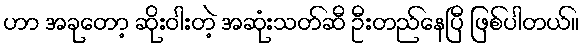
ဟာ အခုတော့ ဆိုးဝါးတဲ့ အဆုံးသတ်ဆီ ဦးတည်နေပြီ ဖြစ်ပါတယ်။